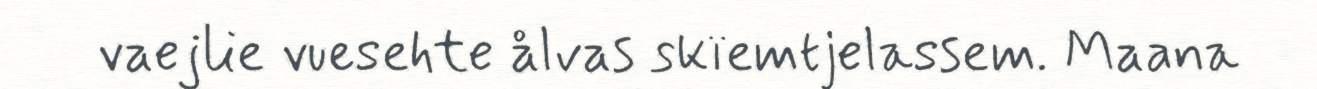
vaejlie vuesehte ålvas skïemtjelassem. Maana